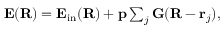
\begin{array} { r } { \mathbf E ( \mathbf R ) = \mathbf E _ { \mathrm { i n } } ( \mathbf R ) + \mathbf p \sum _ { j } \mathbf G ( \mathbf R - \mathbf r _ { j } ) , } \end{array}